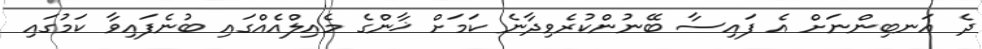
ދެ އަނބިންނަށް އެ ފައިސާ ބޭނުންކުރެވިދާނެ ކަމަށް ޚާންގެ މެއިލްއެއްގައި ބުނެފައިވާ ކަމުގައި